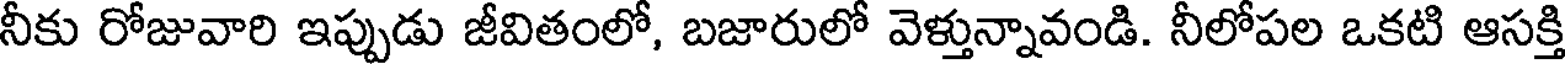
నీకు రోజువారి ఇప్పుడు జీవితంలో, బజారులో వెళ్తున్నావండి. నీలోపల ఒకటి ఆసక్తి